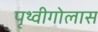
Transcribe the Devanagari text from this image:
पृथ्वीगोलास